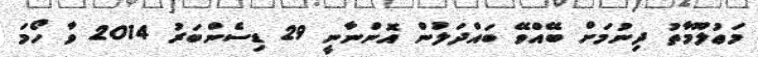
މަޢުލޫމާތު ދިނުމަށް ބޭއްވޭ ބައްދަލުން އޮންނާނީ 29 ޑިސެންބަރު 2014 ވާ ހޯމަ